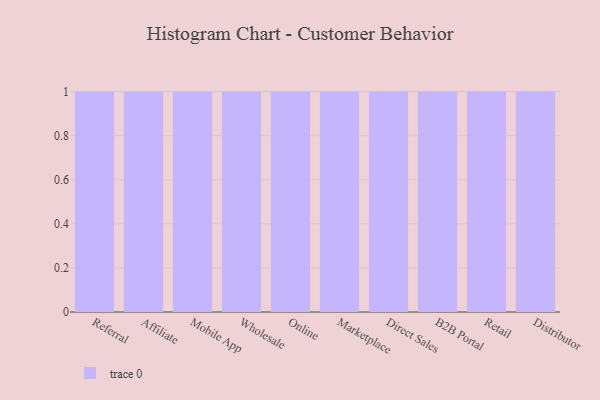
{"axis": {"x": "Channel", "y": "Waste Production (Tons)"}, "legend": [""], "data": [{"x": "Referral", "y": 75, "type": ""}, {"x": "Affiliate", "y": 11, "type": ""}, {"x": "Mobile App", "y": 33, "type": ""}, {"x": "Wholesale", "y": 77, "type": ""}, {"x": "Online", "y": 100, "type": ""}, {"x": "Marketplace", "y": 35, "type": ""}, {"x": "Direct Sales", "y": 98, "type": ""}, {"x": "B2B Portal", "y": 61, "type": ""}, {"x": "Retail", "y": 79, "type": ""}, {"x": "Distributor", "y": 78, "type": ""}]}